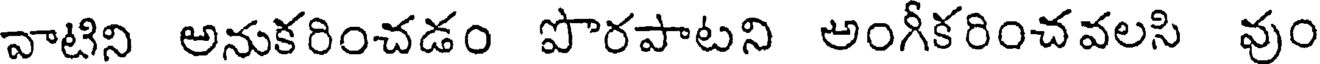
వాటిని అనుకరించడం పొరపాటని అంగీకరించవలసి వుం